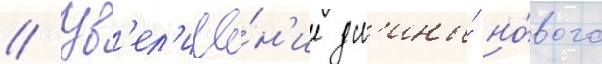
// Ув'ел'иче́н'ие дл'ины́ но́вого